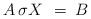
LaTeX: \begin{align*}A \, \sigma X \, \:=\: B \end{align*}